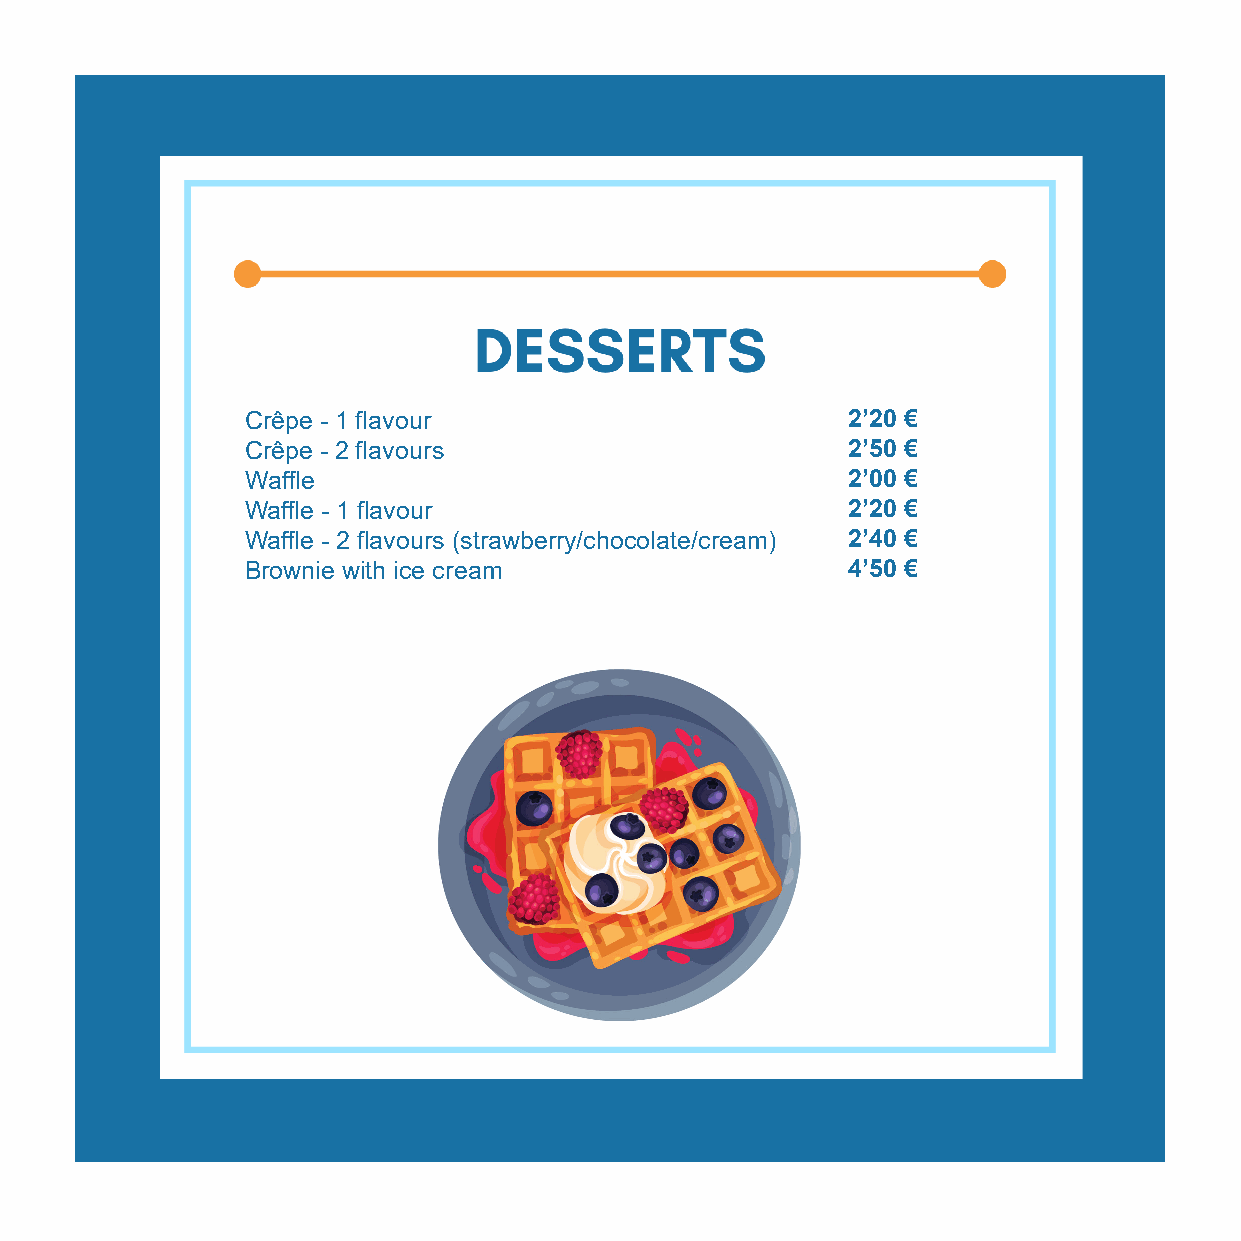
Crêpe - 1 flavour                       2’20 €
 Crêpe - 2 flavours                      2’50 €
 Waffle                                  2’00 €
 Waffle - 1 flavour                      2’20 €
 Waffle - 2 flavours (strawberry/chocolate/cream) 2’40 €
 Brownie with ice cream                  4’50 €